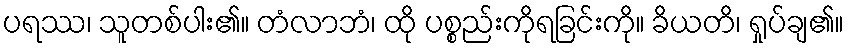
ပရဿ၊ သူတစ်ပါး၏။ တံလာဘံ၊ ထို ပစ္စည်းကိုရခြင်းကို။ ခိယတိ၊ ရှုပ်ချ၏။